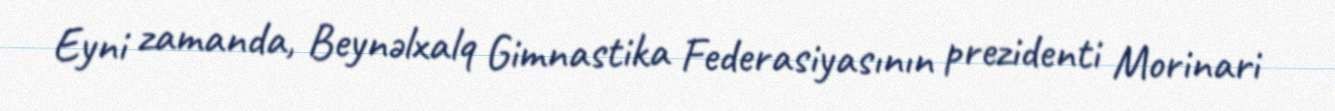
Eyni zamanda, Beynəlxalq Gimnastika Federasiyasının prezidenti Morinari